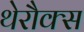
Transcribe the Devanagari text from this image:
थेरौक्स